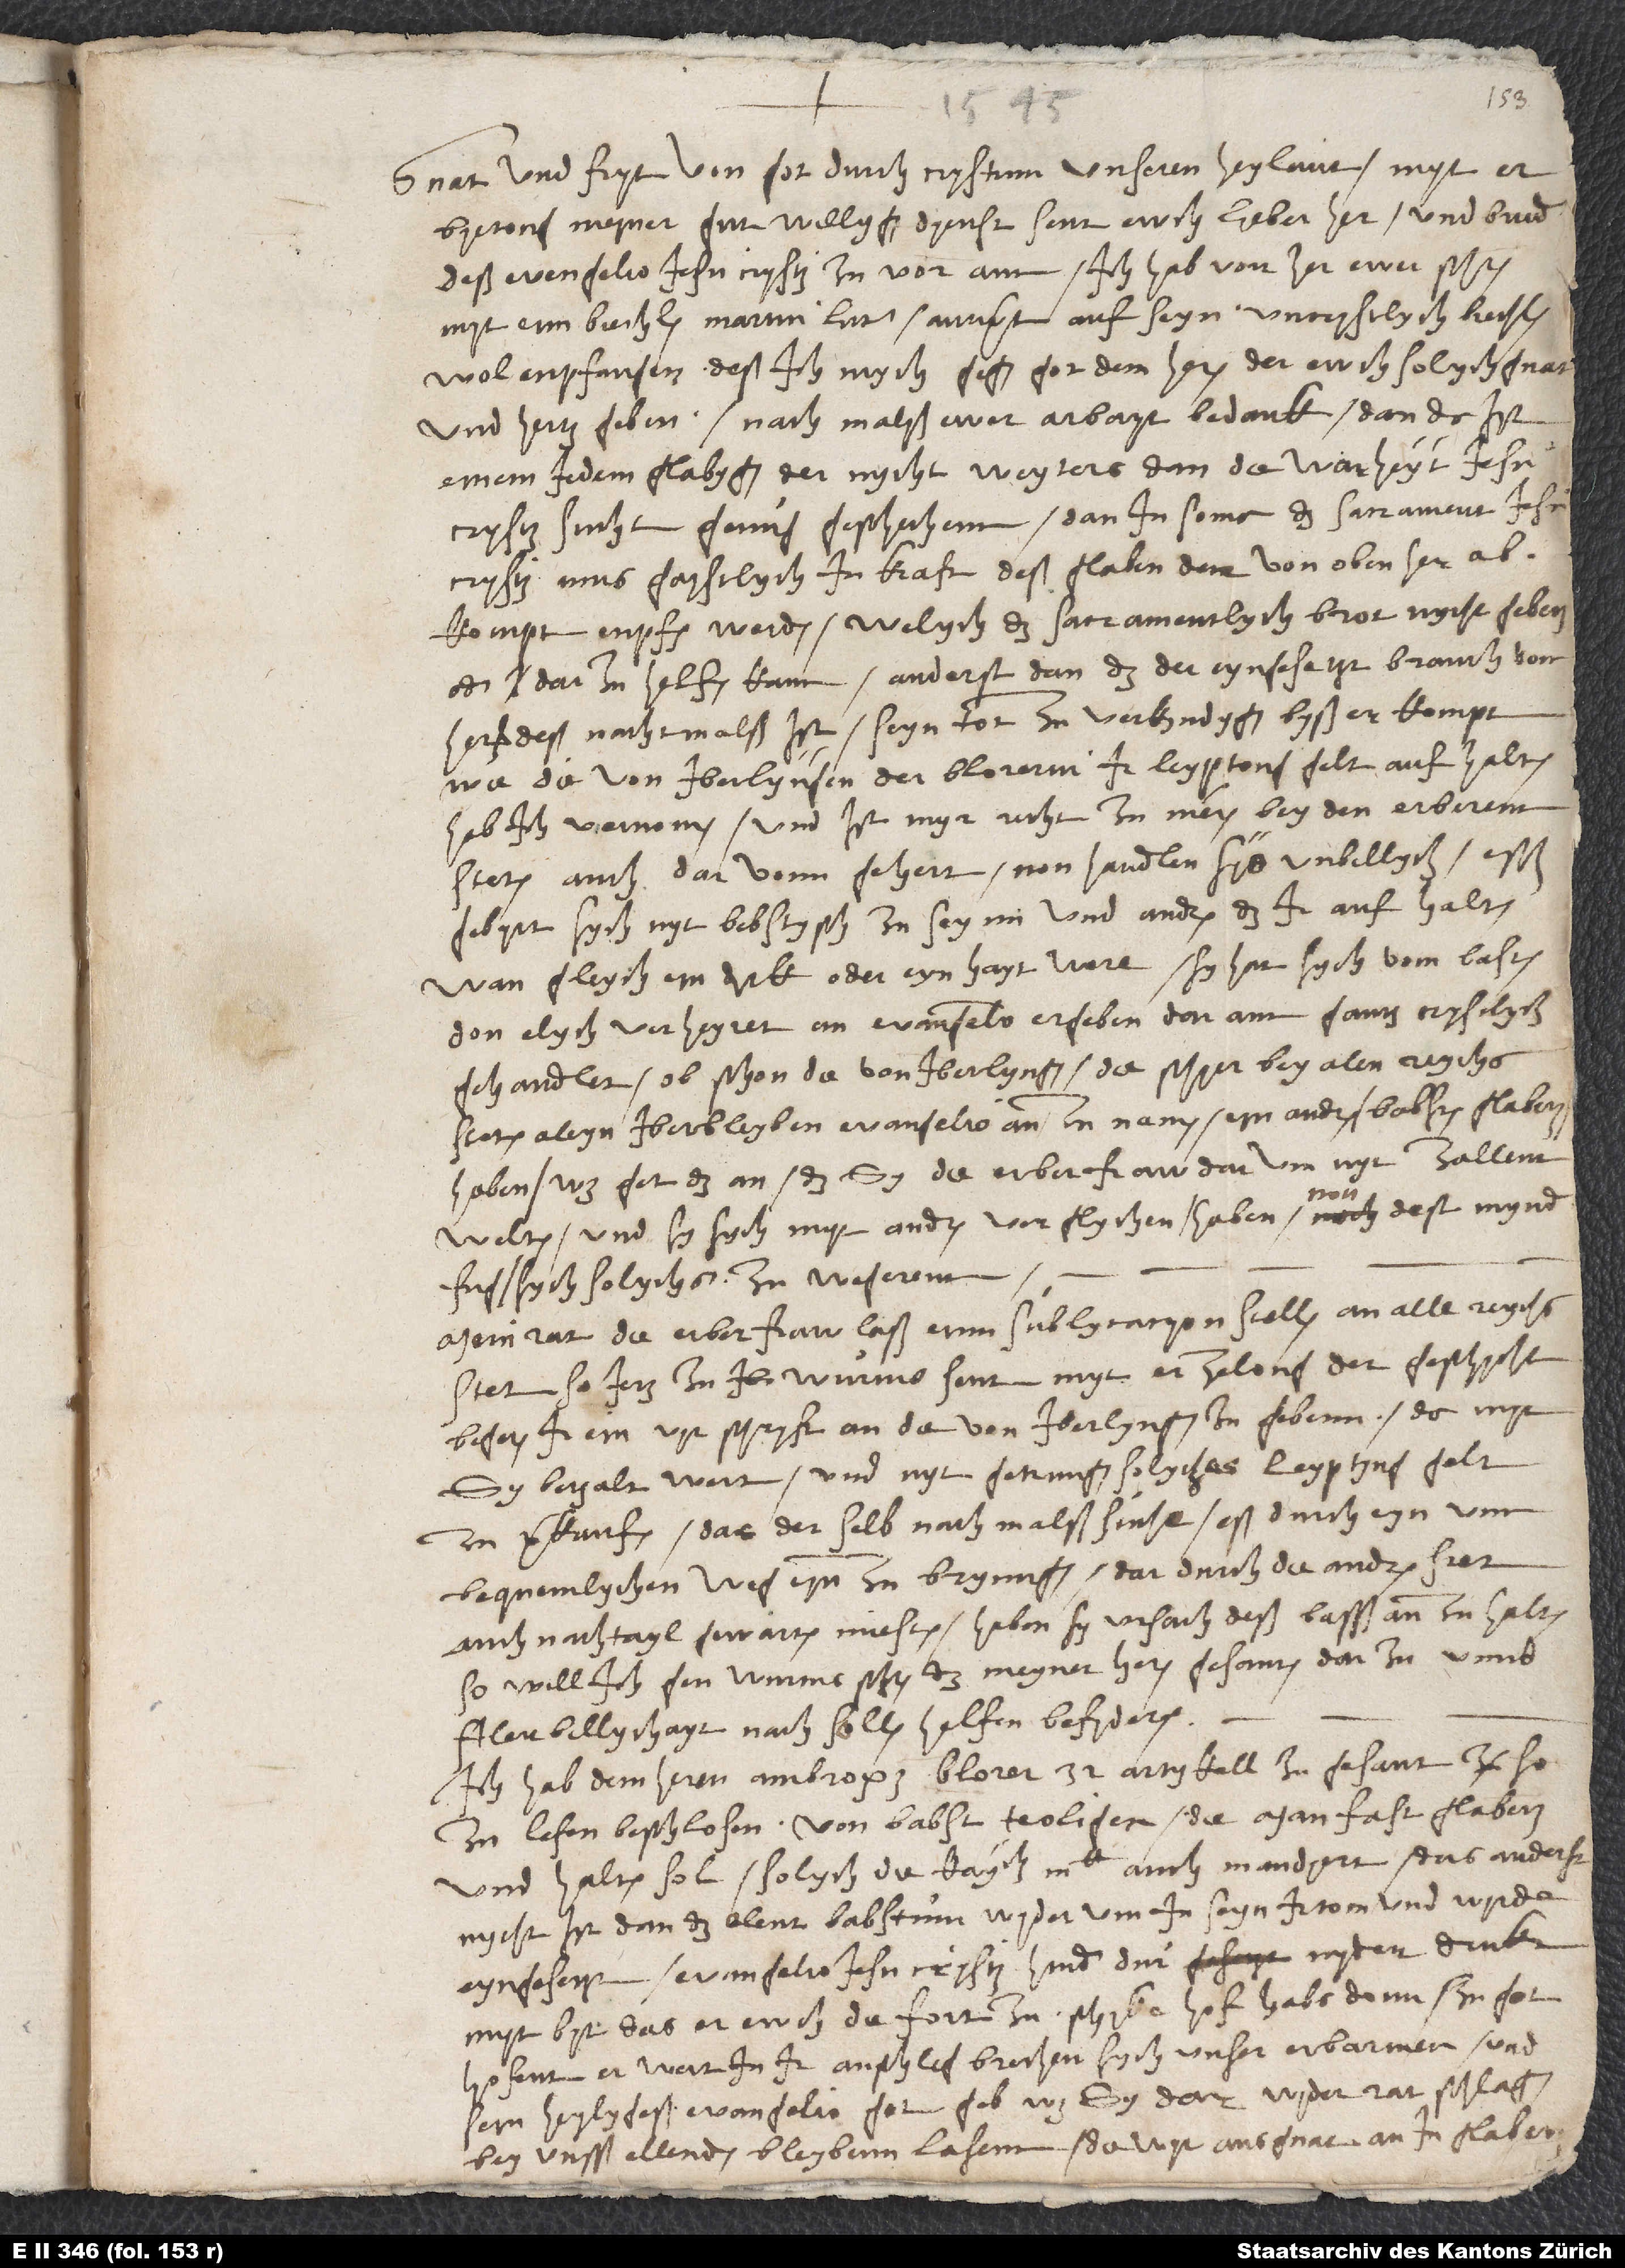
1545.
Gnat und fryt von got durch Crystum, unseren heylant, myt
erbyetong meyner gutwillygen dyenst, sent ewch, lieber her und bruder
deß evengelio Jesu Crysti, zuvor ann. Ich hab vornher ewer schriben
myt eim biechlin Martin Luters - antwurt auf seyn uncrystlych biechlin
wol enpfangen; deß ich mych gegen got dem heren, der ewch solych gnat
und hertz geben, nachmalß ewer arbayt bedank. Dan da ist
einem jedem glabygen, der nycht weyters dan die warheyt Jesu
Crysti sucht, genug geschechenn. Dan in soma das sacrament Jesu
Crysti mus gaystlych in kraft deß glaben, der von oben herab
kompt, enpfangen werden, welych das sacramentlych brot nycht geben
oder darzu helfen kann, anderst dan das der eyngesetzt brauch vom
herren deß nachtmalß ist, seyn tot zu verkyndygen, byß er kompt.
Wie die von Iberlyngen der Blorerin ir leyptong gelt aufhalten,
hab ich vernomen. Und ist myr recht zu meinen bey den erberenn
steten auch darvonn gehert; non handlen sys unbillych. Esß
gebyrt sych nyt, bebstysch zu seynn und andren das ir aufhalten,
wan gleych eyn dunck oder eynhayt were. Sy hat sych vom lasten
don, elych verheyret, an evangelion ergeben, darann gantz crystlych
gehandlet, obschon die von Iberlyngen - die schyer bey alen reychssteten
aleyn iberbleyben evangelio anzunamen - eyn andren, babstischen glaben
haben. Was get das an, das sy die erber fraw darum nyt zallenn
welten und sy sych myt andren verglychen? Haben non dest mynder
fug, sych solychs zu wegerenn.
Mein rat: die erber fraw laß einn sublycacyon stellen an alle reychsstet,
so jetz zu Wurms sent, myt erzelong der geschycht,
begeren, ir ein vyrschryft an die von Iberlyngen zu gebenn, damyt
sy betzalt wert und nyt getrungen, solyches leyptyng gelt
zu verkaufen. Das derselb nachmalß suche, eß durch eyn
unnbequemlychen weg eynnzubrynngen, dardurch die andren stet
auch nachtayl gewarten miesten, haben sy ursach, deß basß annzuhalten.
So will ich gen Wurms schriben, das meyner heren gesanten darzu umb
filer billychayt nach sollen helfen befyrderen.
Ich hab dem heren Ambrosi Blorer 32 artykell zugesant (so
zu lesen beschlosen von babst teologen; die man fast glaben
und halten sol; solych, die kayserlich majestat auch mandyert - das anderst
nycht ist, dan das elent babstum wyderum in seyn irtom und wyrde
eyngesetzt, evangelio Jesu Crysti hinder dur nydert drukt)
myt byt, das er ewch die fort zuschyke. Hof, habs dann, zu got
hofent, er wert ir anschleg brechen, sych unser erbarmen und
seyn heylygest ewangelio - got geb, was sy darwyder ratschlagen
bey unsß ellenden bleyben lasenn, do wyr aus gnat an in glaben.